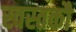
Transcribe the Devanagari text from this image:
स्वस्तकौ